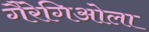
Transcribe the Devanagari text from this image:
गैरेगिओला